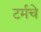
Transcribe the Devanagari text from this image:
टर्मचे